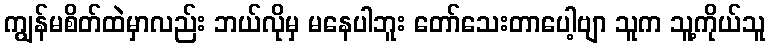
ကျွန်မစိတ်ထဲမှာလည်း ဘယ်လိုမှ မနေပါဘူး တော်သေးတာပေါ့ဗျာ သူက သူ့ကိုယ်သူ